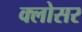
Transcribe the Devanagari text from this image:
क्लोसर